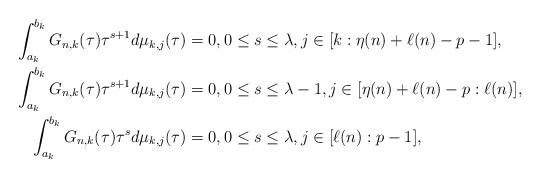
LaTeX: \begin{align*}\int_{a_{k}}^{b_{k}}G_{n,k}(\tau)\tau^{s+1} d\mu_{k,j}(\tau) & =0,0\leq s\leq \lambda,j\in[k:\eta(n)+\ell(n)-p-1],\\\int_{a_{k}}^{b_{k}}G_{n,k}(\tau)\tau^{s+1} d\mu_{k,j}(\tau) & =0,0\leq s\leq \lambda-1,j\in[\eta(n)+\ell(n)-p:\ell(n)],\\\int_{a_{k}}^{b_{k}}G_{n,k}(\tau)\tau^{s} d\mu_{k,j}(\tau) & =0,0\leq s\leq \lambda,j\in[\ell(n):p-1],\end{align*}